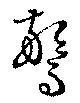
驚